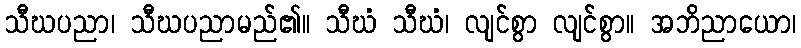
သီဃပညာ၊ သီဃပညာမည်၏။ သီဃံ သီဃံ၊ လျင်စွာ လျင်စွာ။ အဘိညာယော၊